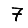
Digit: 7